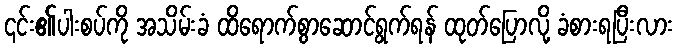
၎င်း၏ပါးစပ်ကို အသိမ်းခံ ထိရောက်စွာဆောင်ရွက်ရန် ထုတ်ပြောလို့ ခံစားရပြီးလား